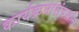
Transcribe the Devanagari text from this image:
कार्यक्रमासंदर्भात